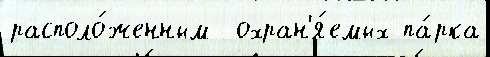
располо́женным  охран'я́емых па́рка